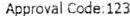
APPROVAL CODE: 123